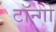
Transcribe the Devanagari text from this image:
टॉन्गो